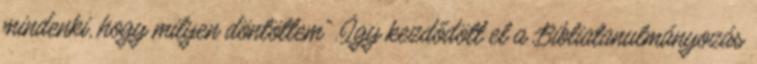
mindenki, hogy milyen döntöttem”. Így kezdődött el a Bibliatanulmányozás